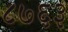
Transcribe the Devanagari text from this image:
८७६३